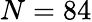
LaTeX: N=84